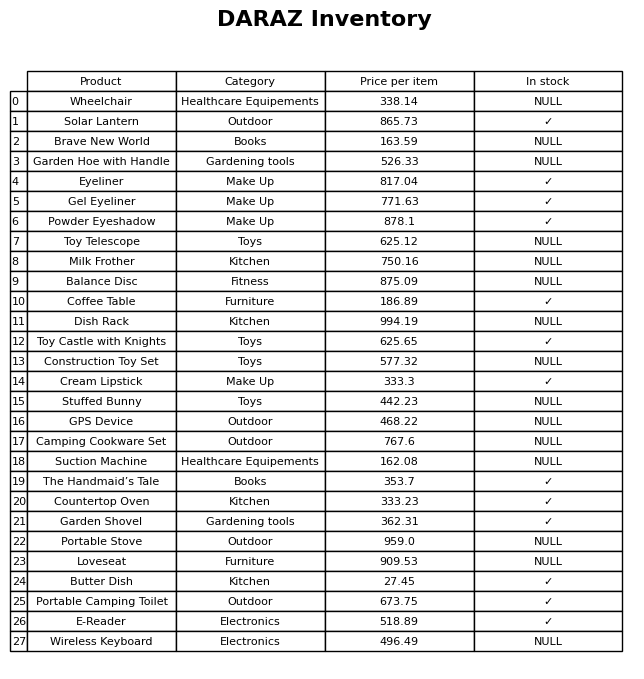
question: What is the price of the Construction Toy Set?
answer: The price of Construction Toy Set is 577.32.